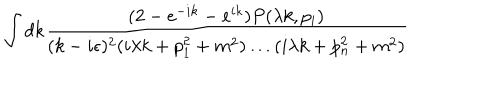
\int d k \frac { ( 2 - e ^ { - i k } - e ^ { i k } ) P ( \lambda k , p _ { i } ) } { ( k - i \epsilon ) ^ { 2 } ( i \lambda k + p _ { 1 } ^ { 2 } + m ^ { 2 } ) \ldots ( i \lambda k + p _ { n } ^ { 2 } + m ^ { 2 } ) }